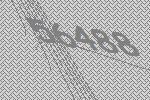
56488